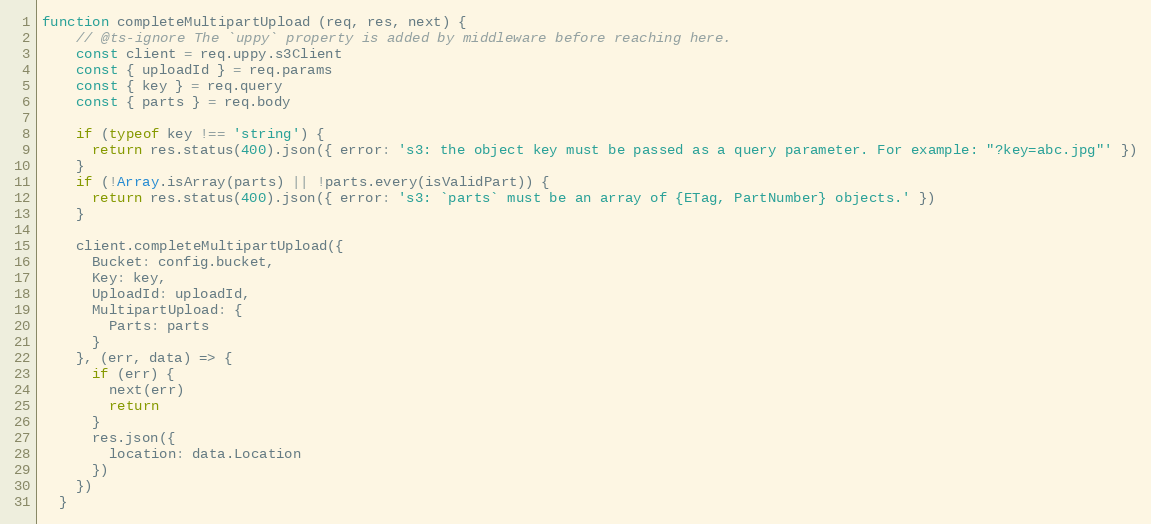
Language: JavaScript
function completeMultipartUpload (req, res, next) {
    // @ts-ignore The `uppy` property is added by middleware before reaching here.
    const client = req.uppy.s3Client
    const { uploadId } = req.params
    const { key } = req.query
    const { parts } = req.body

    if (typeof key !== 'string') {
      return res.status(400).json({ error: 's3: the object key must be passed as a query parameter. For example: "?key=abc.jpg"' })
    }
    if (!Array.isArray(parts) || !parts.every(isValidPart)) {
      return res.status(400).json({ error: 's3: `parts` must be an array of {ETag, PartNumber} objects.' })
    }

    client.completeMultipartUpload({
      Bucket: config.bucket,
      Key: key,
      UploadId: uploadId,
      MultipartUpload: {
        Parts: parts
      }
    }, (err, data) => {
      if (err) {
        next(err)
        return
      }
      res.json({
        location: data.Location
      })
    })
  }